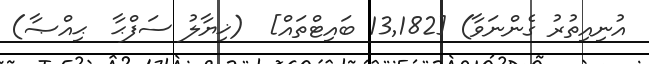
އުނިއިތުރު ގެންނަވާ) [13